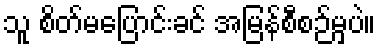
သူ စိတ်မပြောင်းခင် အမြန်စီစဉ်မှပဲ။